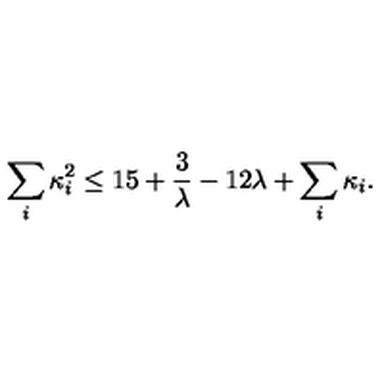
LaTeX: \sum _ { i } \kappa _ { i } ^ { 2 } \leq 1 5 + { \frac { 3 } { \lambda } } - 1 2 \lambda + \sum _ { i } \kappa _ { i } .